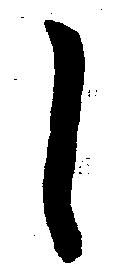
し